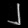
Digit: ၂